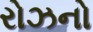
રોઝનો